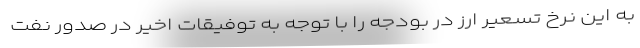
به این نرخ تسعیر ارز در بودجه را با توجه به توفیقات اخیر در صدور نفت